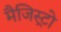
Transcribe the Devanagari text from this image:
मैजिस्ट्रो